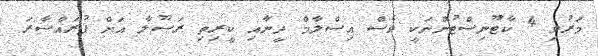
މަަރުވި 4 ކާޓޫނިސްޓުންނަކީ ވެސް އިސްލާމް ދީނާއި ކީރިތި ރަސޫލާ އަށް ފުރައްސާރަ